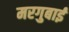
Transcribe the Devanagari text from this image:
मरगुबाई